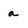
Character: a